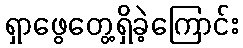
ရှာဖွေတွေ့ရှိခဲ့ကြောင်း